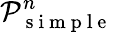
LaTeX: \mathcal P_{\mathrm{~s~i~m~p~l~e~}}^{n}